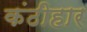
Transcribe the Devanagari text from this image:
कंठीहार